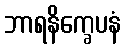
ဘာရနိက္ခေပနံ